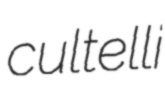
cultelli